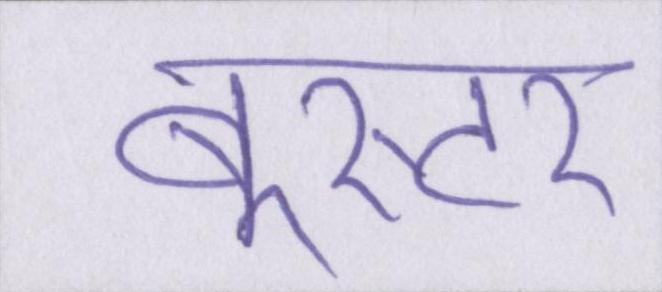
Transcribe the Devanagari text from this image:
बूस्टर